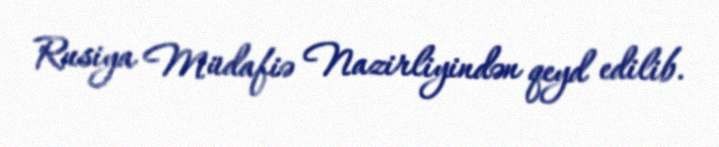
Rusiya Müdafiə Nazirliyindən qeyd edilib.